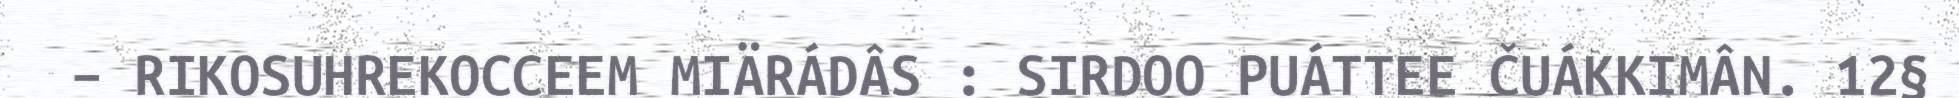
– RIKOSUHREKOCCEEM MIÄRÁDÂS : SIRDOO PUÁTTEE ČUÁKKIMÂN. 12§